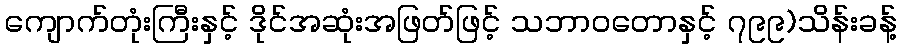
ကျောက်တုံးကြီးနှင့် ဒိုင်အဆုံးအဖြတ်ဖြင့် သဘာဝတောနှင့် ၇၉၉)သိန်းခန့်